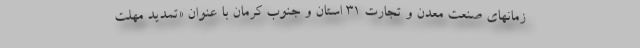
زمانهای صنعت معدن و تجارت ۳۱ استان و جنوب کرمان با عنوان «تمدید مهلت